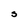
Character: S